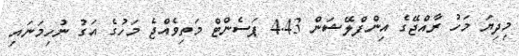
މިދިޔަ މަހު ރާއްޖޭގެ އިންފްލޭޝަން 4.43 ޕަސެންޓް މަތިވެއްޖެ މަހުގެ އަގު ނުހިމަނައި